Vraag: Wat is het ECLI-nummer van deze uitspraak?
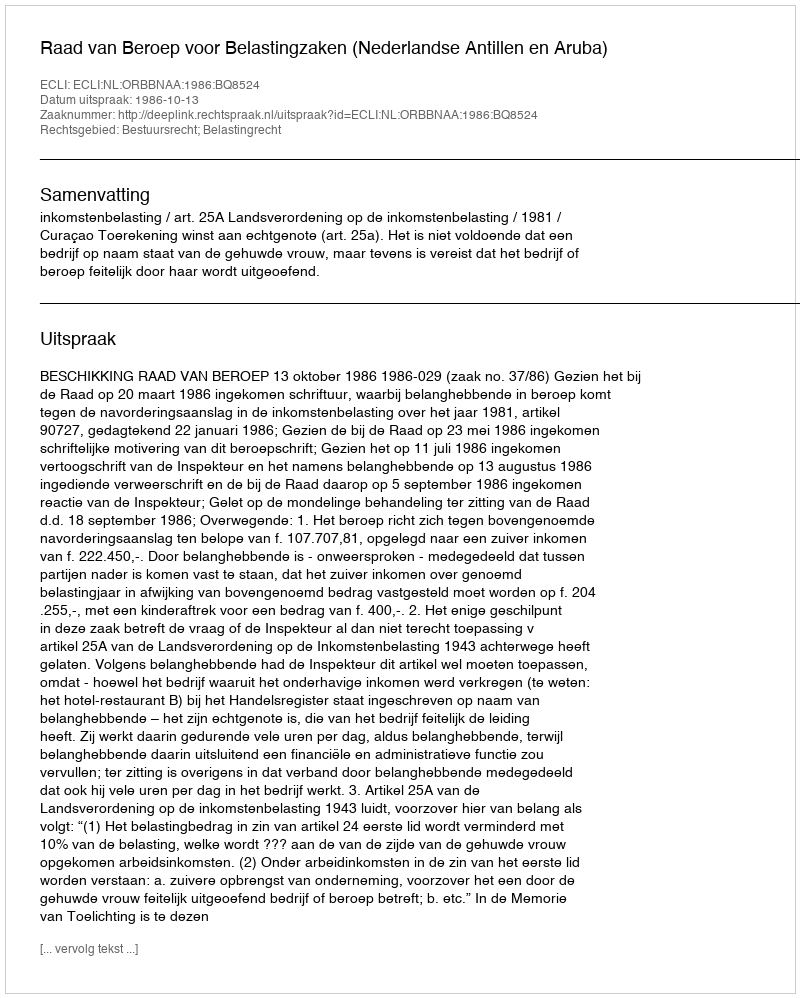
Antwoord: ECLI:NL:ORBBNAA:1986:BQ8524